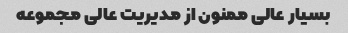
بسیار عالی ممنون از مدیریت عالی مجموعه